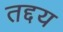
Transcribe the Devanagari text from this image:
तद्दय